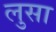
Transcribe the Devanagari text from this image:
लुसा